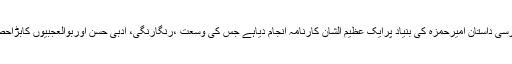
لیکن سچائی یہ ہے کہ ہمارے داستان گویوں نے فارسی داستانِ امیرحمزہ کی بنیاد پرایک عظیم الشان کارنامہ انجام دیاہے جس کی وسعت ،رنگارنگی، ادبی حسن اوربوالعجبیوں کابڑاحصہ خود اردو داستان گویوں کے تخیل کاکرشمہ ہے۔